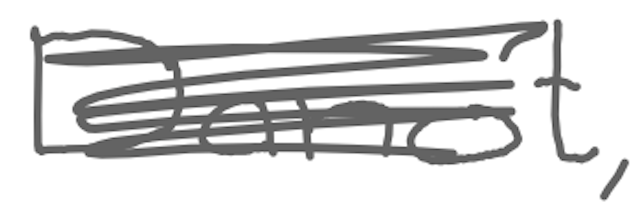
Text: Danot,
Cross-out: scratch
Writing tool: digital_gray